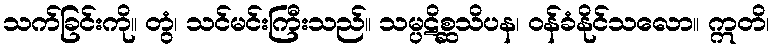
သက်ခြင်းကို။ တွံ၊ သင်မင်းကြီးသည်။ သမ္ပဋိစ္ဆသိပန၊ ဝန်ခံနိုင်သလော။ ဣတိ၊